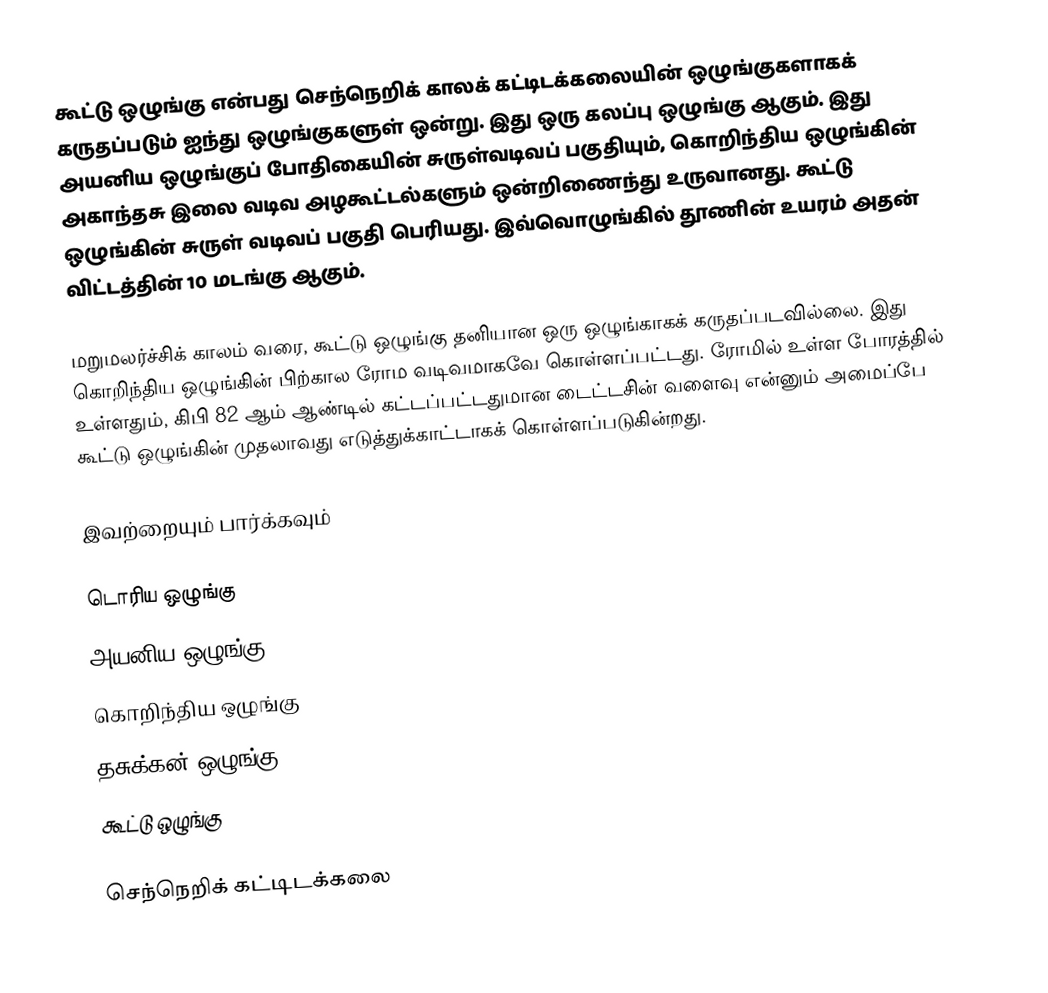
கூட்டு ஒழுங்கு என்பது செந்நெறிக் காலக் கட்டிடக்கலையின் ஒழுங்குகளாகக் கருதப்படும் ஐந்து ஒழுங்குகளுள் ஒன்று. இது ஒரு கலப்பு ஒழுங்கு ஆகும். இது அயனிய ஒழுங்குப் போதிகையின் சுருள்வடிவப் பகுதியும், கொறிந்திய ஒழுங்கின் அகாந்தசு இலை வடிவ அழகூட்டல்களும் ஒன்றிணைந்து உருவானது. கூட்டு ஒழுங்கின் சுருள் வடிவப் பகுதி பெரியது. இவ்வொழுங்கில் தூணின் உயரம் அதன் விட்டத்தின் 10 மடங்கு ஆகும்.

மறுமலர்ச்சிக் காலம் வரை, கூட்டு ஒழுங்கு தனியான ஒரு ஒழுங்காகக் கருதப்படவில்லை. இது கொறிந்திய ஒழுங்கின் பிற்கால ரோம வடிவமாகவே கொள்ளப்பட்டது. ரோமில் உள்ள போரத்தில் உள்ளதும், கிபி 82 ஆம் ஆண்டில் கட்டப்பட்டதுமான டைட்டசின் வளைவு என்னும் அமைப்பே கூட்டு ஒழுங்கின் முதலாவது எடுத்துக்காட்டாகக் கொள்ளப்படுகின்றது.

இவற்றையும் பார்க்கவும்

 டொரிய ஒழுங்கு
 அயனிய ஒழுங்கு
 கொறிந்திய ஒழுங்கு
 தசுக்கன் ஒழுங்கு
 கூட்டு ஒழுங்கு

செந்நெறிக் கட்டிடக்கலை